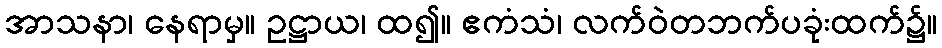
အာသနာ၊ နေရာမှ။ ဥဋ္ဌာယ၊ ထ၍။ ဧကံသံ၊ လက်ဝဲတဘက်ပခုံးထက်၌။